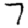
Digit: 7